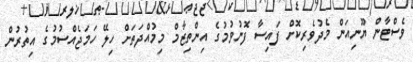
ވެސްޓާން ޔޫނިއަން މެދުވެރިކޮށް ފައިސާ ފޮނުވުމުގެ އިންތިޒާމް މިމުއްދަތަށް ހިލޭ ހަމަޖެއްސުމުގެ އިތުރުން